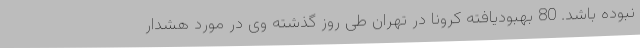
نبوده باشد. 80 بهبودیافته کرونا در تهران طی روز گذشته وی در مورد هشدار